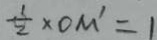
\frac { 1 } { 2 } \times 0 M ^ { \prime } = 1